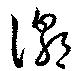
潮